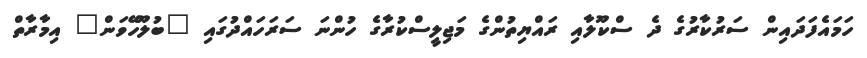
ހަމައެފަދައިން ސަރުކާރުގެ ދެ ސްކޫލާއި ރައްޔިތުންގެ މަޖިލީސްކުރާގެ ހުންނަ ސަރަހައްދުގައި "ބުލޫހޭވަން" އިމާރާތް